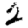
Digit: 2